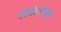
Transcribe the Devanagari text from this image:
दादादादा